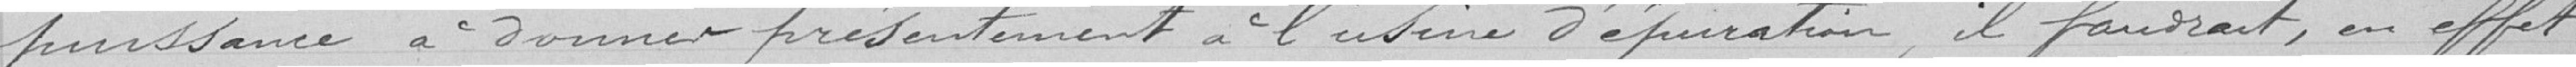
puissance à donner présentement a l'usine d'épuration, il faudrait, en effet,